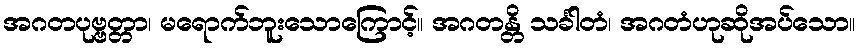
အဂတပုဗ္ဗတ္တာ၊ မရောက်ဘူးသောကြောင့်။ အဂတန္တိ သင်္ခါတံ၊ အဂတံဟုဆိုအပ်သော။